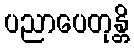
ပညာပေတုန္တိ